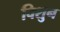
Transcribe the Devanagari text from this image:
विशुन